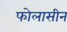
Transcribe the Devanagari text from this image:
फोलासीन